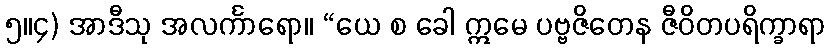
၅။၄) အာဒီသု အလင်္ကာရော။ “ယေ စ ခေါ ဣမေ ပဗ္ဗဇိတေန ဇီဝိတပရိက္ခာရာ